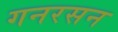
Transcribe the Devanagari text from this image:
गनरसन